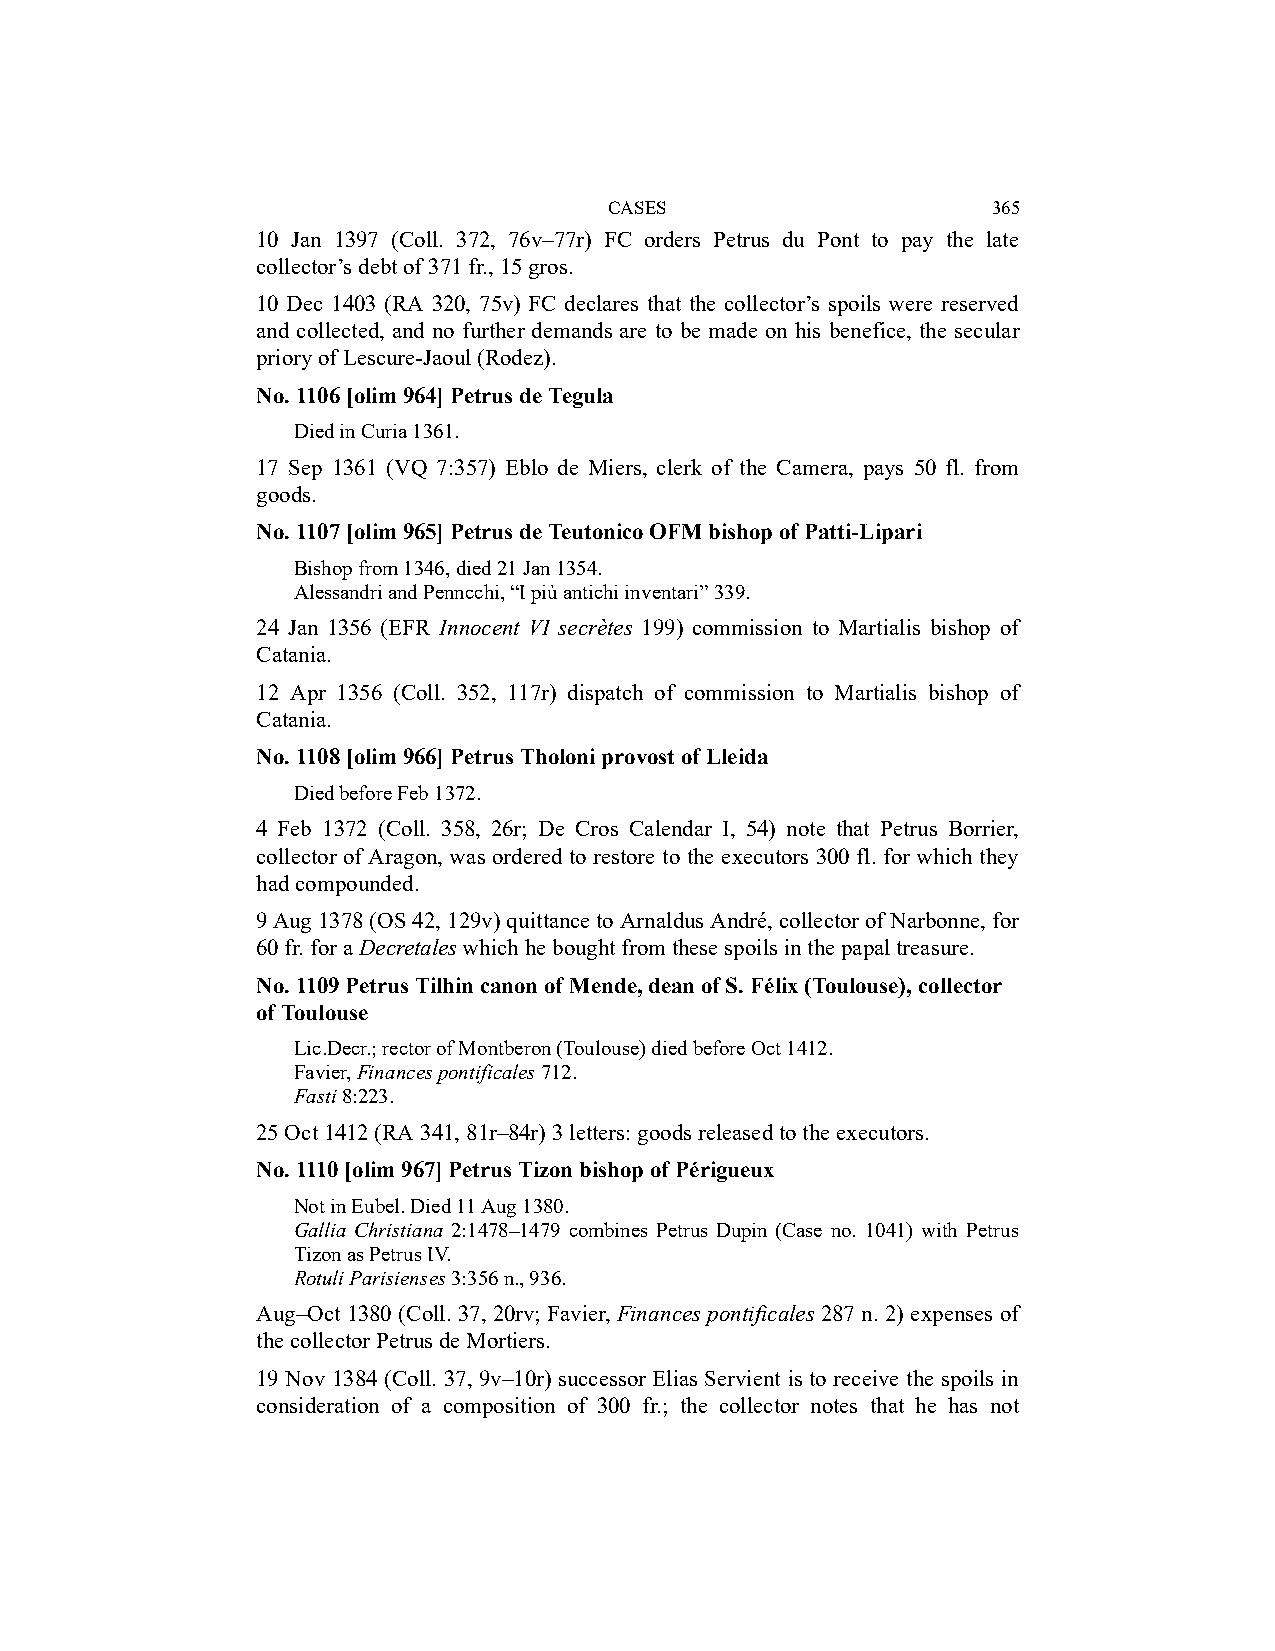
CASES                     365
 10 Jan 1397 (Coll. 372, 76v–77r) FC orders Petrus du Pont to pay the late
 collector’s debt of 371 fr., 15 gros.
 10 Dec 1403 (RA 320, 75v) FC declares that the collector’s spoils were reserved
 and collected, and no further demands are to be made on his benefice, the secular
 priory of Lescure-Jaoul (Rodez).
 No. 1106 [olim 964] Petrus de Tegula
 Died in Curia 1361.
 17 Sep 1361 (VQ 7:357) Eblo de Miers, clerk of the Camera, pays 50 fl. from
 goods.
 No. 1107 [olim 965] Petrus de Teutonico OFM bishop of Patti-Lipari
 Bishop from 1346, died 21 Jan 1354.
 Alessandri and Penncchi, “I più antichi inventari” 339.
 24 Jan 1356 (EFR Innocent VI secrètes 199) commission to Martialis bishop of
 Catania.
 12 Apr 1356 (Coll. 352, 117r) dispatch of commission to Martialis bishop of
 Catania.
 No. 1108 [olim 966] Petrus Tholoni provost of Lleida
 Died before Feb 1372.
 4 Feb 1372 (Coll. 358, 26r; De Cros Calendar I, 54) note that Petrus Borrier,
 collector of Aragon, was ordered to restore to the executors 300 fl. for which they
 had compounded.
 9 Aug 1378 (OS 42, 129v) quittance to Arnaldus André, collector of Narbonne, for
 60 fr. for a Decretales which he bought from these spoils in the papal treasure.
 No. 1109 Petrus Tilhin canon of Mende, dean of S. Félix (Toulouse), collector
 of Toulouse
 Lic.Decr.; rector of Montberon (Toulouse) died before Oct 1412.
 Favier, Finances pontificales 712.
 Fasti 8:223.
 25 Oct 1412 (RA 341, 81r–84r) 3 letters: goods released to the executors.
 No. 1110 [olim 967] Petrus Tizon bishop of Périgueux
 Not in Eubel. Died 11 Aug 1380.
 Gallia Christiana 2:1478–1479 combines Petrus Dupin (Case no. 1041) with Petrus
 Tizon as Petrus IV.
 Rotuli Parisienses 3:356 n., 936.
 Aug–Oct 1380 (Coll. 37, 20rv; Favier, Finances pontificales 287 n. 2) expenses of
 the collector Petrus de Mortiers.
 19 Nov 1384 (Coll. 37, 9v–10r) successor Elias Servient is to receive the spoils in
 consideration of a composition of 300 fr.; the collector notes that he has not